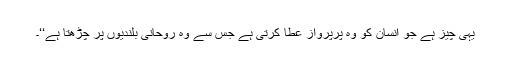
یہی چیز ہے جو انسان کو وہ پرپرواز عطا کرتی ہے جس سے وہ روحانی بلندیوں پر چڑھتا ہے‘‘۔